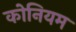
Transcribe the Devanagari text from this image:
कोनियम